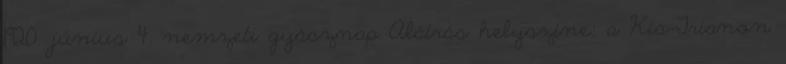
1920. június 4. nemzeti gyásznap Aláírás helyszíne: a Kis-Trianon